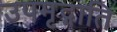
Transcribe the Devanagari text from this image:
उपमृद्गाति